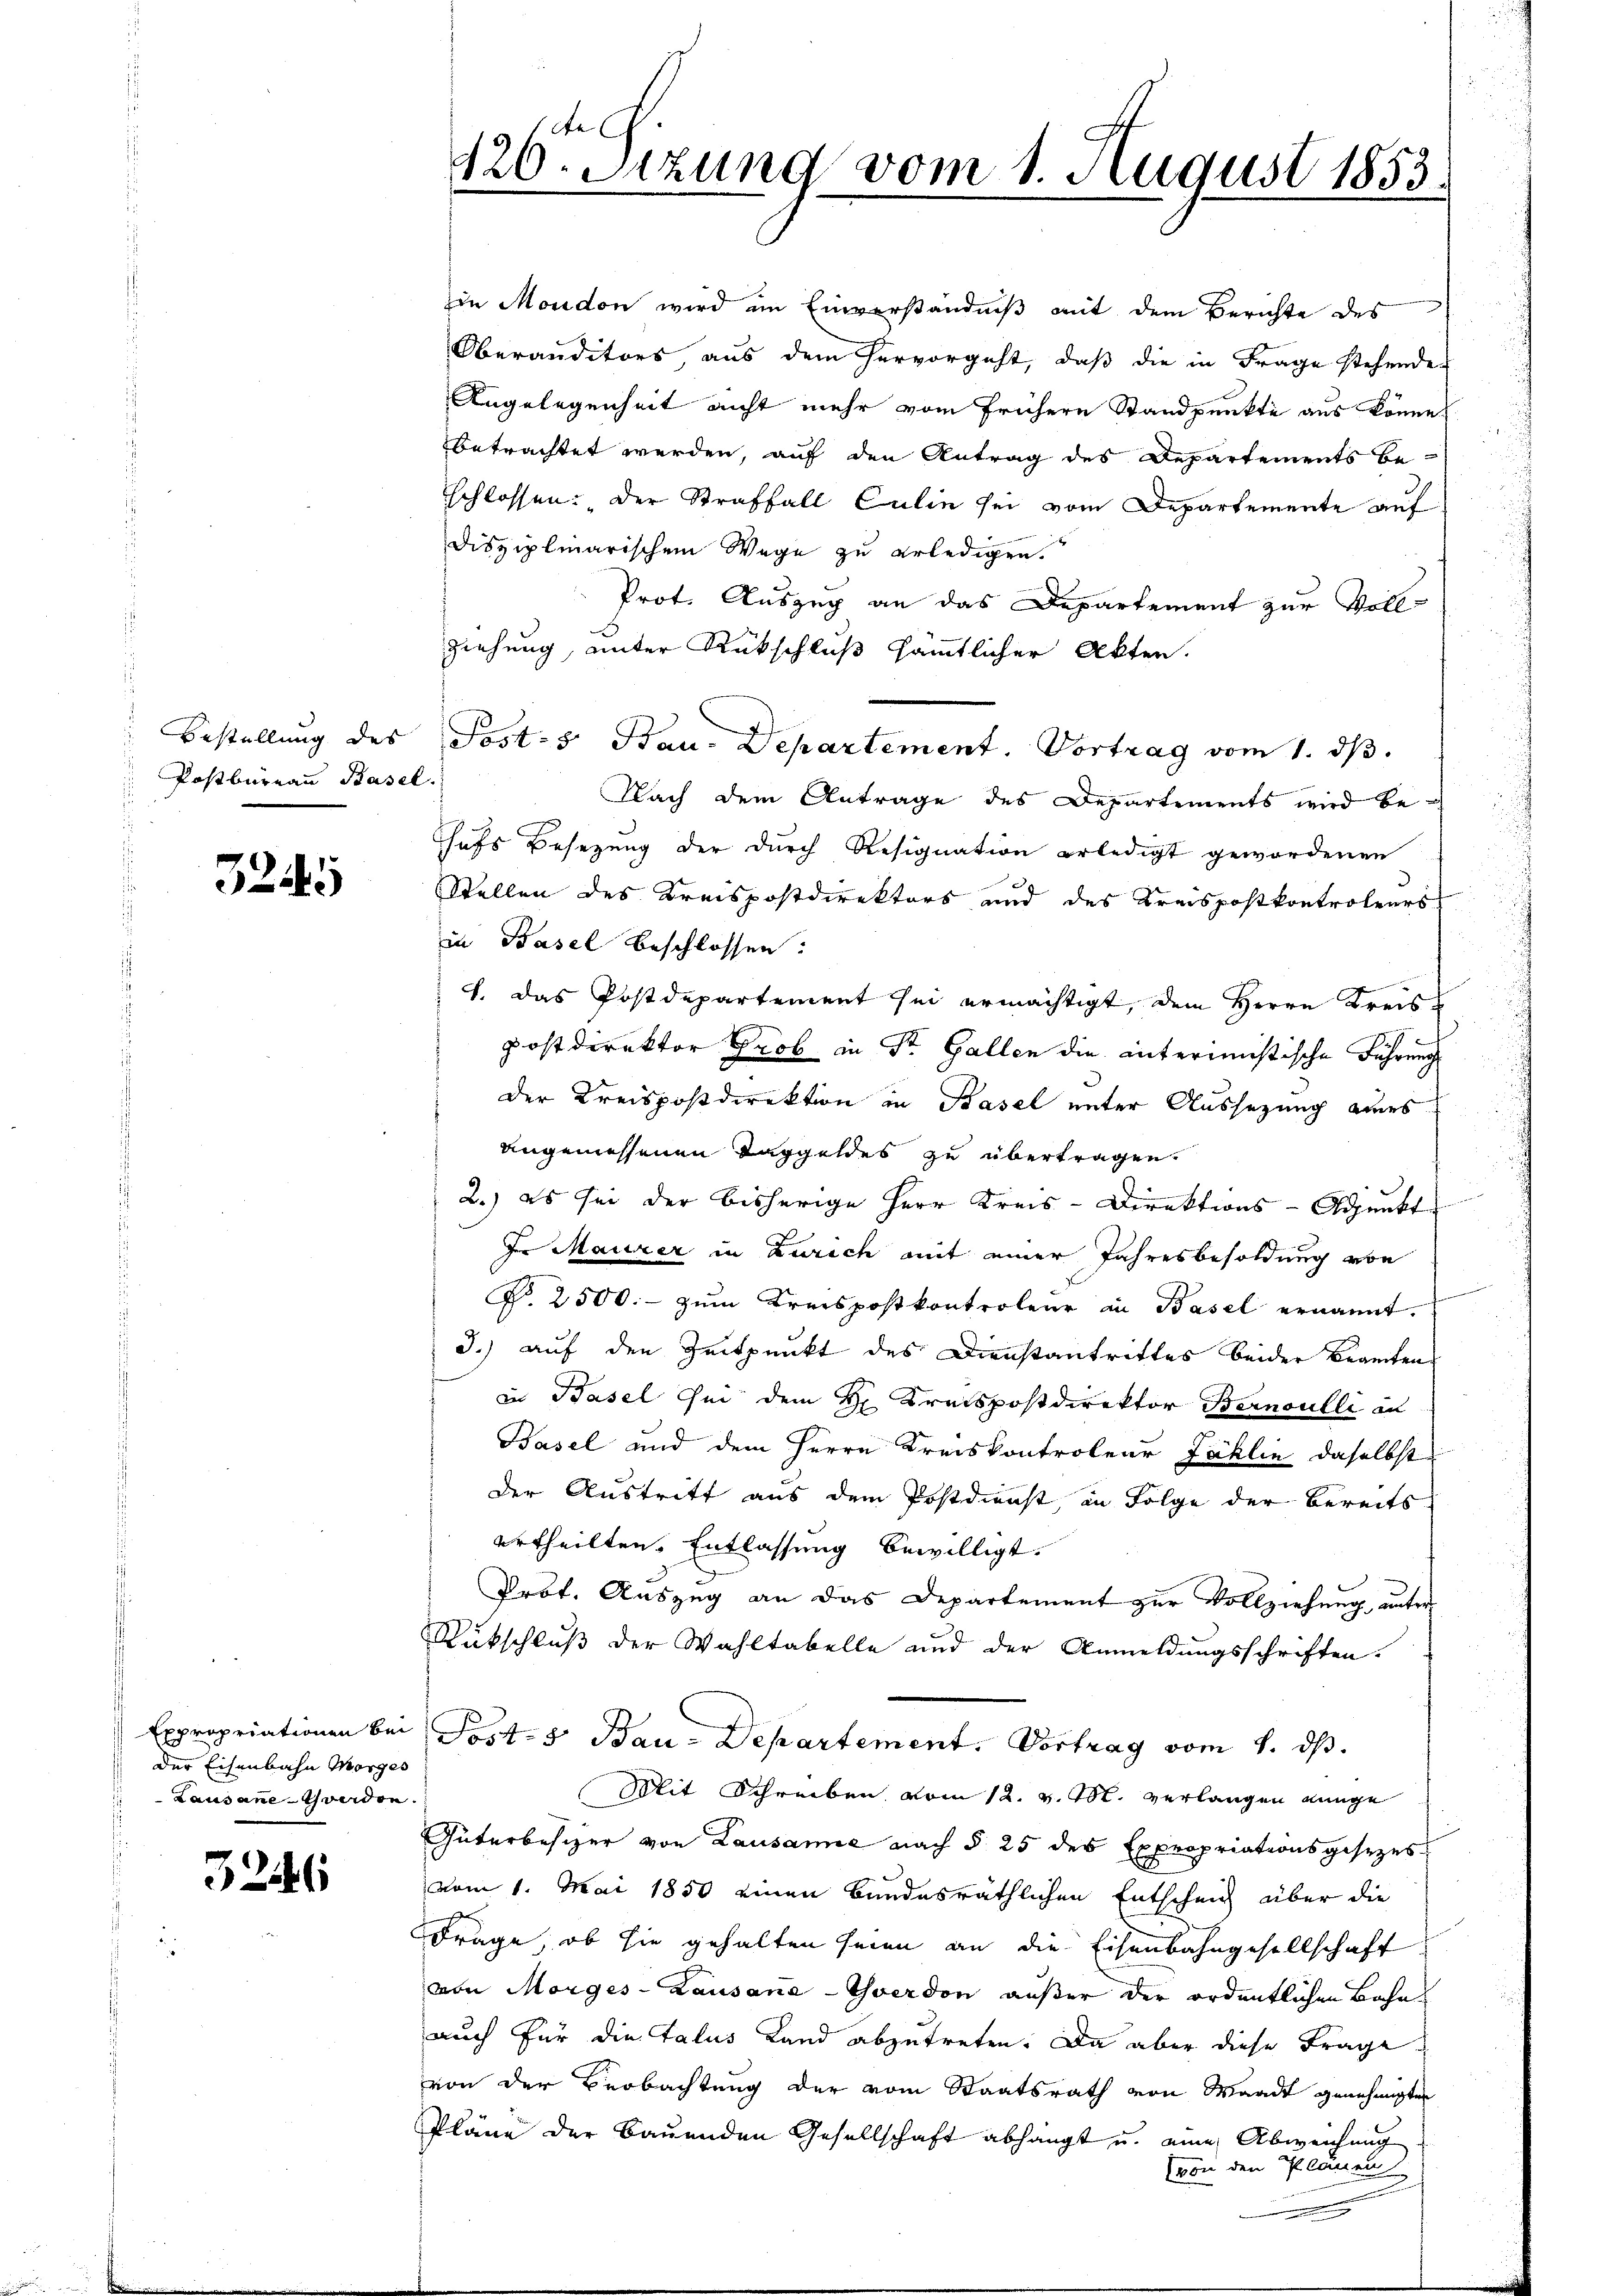
Bestellung des
Postbureau Basel.

324

der Eisenbahn Morges
Lausanne-Yverden.

3246

126. Sizung vom 1. August 1853.

in Moudon wird ein Einverständniß mit dem Berichte des
Oberanditors, aus dem hervorgeht, daß die in Frage stehende
Angelegenheit nicht mehr vom frühern Standpunkte aus könne.
betrachtet werden, auf den Antrag des Departements be-
schlossen: Der Straffall Culin sei vom Departemente auf
disziplinarischem Wege zu erledigen.
Prot. Auszug an das Departement zur Vollziehung, unter Rückschluß sämmtlicher Akten.
Posts Bau. Departement. Vortrag vom 1. ds.
Nach dem Antrage des Departements wird behufs Besetzung der durch Resignation erledigt gewordenen
Stellen des Kreispostdirektors und des Kreispostkontroleurs
in Basel beschlossen:
1. Das Postdepartement sei ermächtigt, dem Herrn Kreispostdirektor Grob in Sr. Gallen die interimistische Führung
der Kreispostdirektion in Basel unter Aussetzung eines
angemessenen Taggeldes zu übertragen.
2.) es sei der bisherige Herr Kreis-Direktions-Adjunkt
Dr Maurer in Zürich mit einer Jahresbesoldung von
R. 2500.- zŭm Kreispostkontroleur in Basel ernannt.
J.) auf den Zeitpunkt des Dienstantrittes beider Beamten
in Basel sei dem K. Kreispostdirektor Bernoulli an
Basel und dem Herrn Kreiskontroleur Zahlin daselbst
Der Austritt aus dem Postdienst, in Folge der Bereits
urtheilten. Entlassung bewilligt.
Prof. Auszug an das Departement zur Vollziehung unter
Rückschluß der Wahltabelle und der Anmeldungsschriften.
Expropriationen bei Post- & Bau-Departement. Vortrag vom 1. ds.
Mit Schreiben vom 12. v. M. verlangen einge
Güterbesizer von Lausanne nach § 25 des Expropriationsgesezes
vom 1. Mai 1850 einen Bundesräthlichen Entscheid über die
Frage, ob sie gehalten seien an die Eisenbahngesellschaft
von Morges - Lausane-Yverdon außer der ordentlichen Bahnauch für die Talus Land abzutreten. Da aber diese Frage
von der Beobachtung der vom Staatsrath von Waadt genehmigten
Pläne der Bauenden Gesellschaft abhängt u. eine Abweichung
von den Plänen